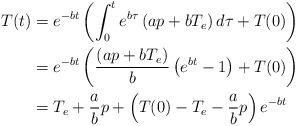
LaTeX: \begin{align*}T(t) &= e^{-bt} \left(\int_{0}^t e^{b\tau} \left(a p + b T_e\right) d\tau + T(0) \right)\\&= e^{-bt}\left( \frac{\left(a p + b T_e\right) }{b}\left(e^{bt}-1\right)+T(0)\right) \\ &= T_e + \frac{a}{b}p + \left( T(0) - T_e - \frac{a}{b}p\right)e^{-bt}\end{align*}